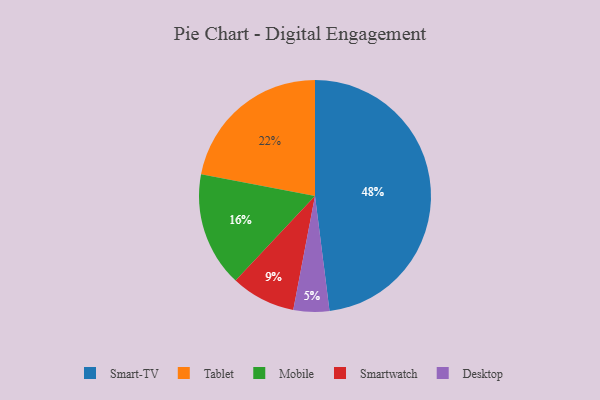
{"axis": {"x": "Category", "y": "Percentage"}, "legend": ["Desktop", "Mobile", "Smart-TV", "Smartwatch", "Tablet"], "data": [{"x": "Smartwatch", "y": 9, "type": "Smartwatch"}, {"x": "Mobile", "y": 16, "type": "Mobile"}, {"x": "Smart-TV", "y": 48, "type": "Smart-TV"}, {"x": "Desktop", "y": 5, "type": "Desktop"}, {"x": "Tablet", "y": 22, "type": "Tablet"}]}